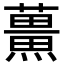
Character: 𮒡